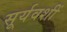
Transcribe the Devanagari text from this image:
सूर्यवशीं